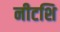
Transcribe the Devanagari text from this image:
नीटशि